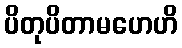
ပိတုပိတာမဟေဟိ